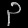
Digit: ၃